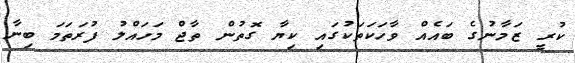
ކުރީ ޒަމާނުގެ ބައެއް ވާހަކަތަކުގައި ކިޔާ ގޮތުން ތާޖް މަހައްލު ފުރަތަމަ ބިނާ